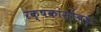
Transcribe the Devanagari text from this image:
रक्षकांसोबत